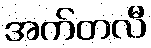
အက်တလီ